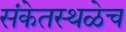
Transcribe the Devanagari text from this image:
संकेतस्थळेच